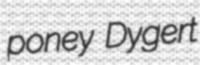
poney Dygert